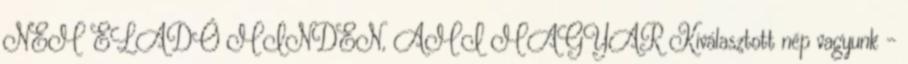
NEM ELADÓ MINDEN, AMI MAGYAR Kiválasztott nép vagyunk –